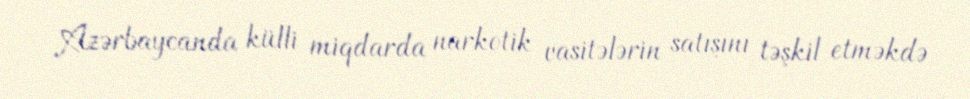
Azərbaycanda külli miqdarda narkotik vasitələrin satışını təşkil etməkdə